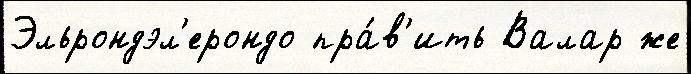
Эльрондэл'ерондо пра́в'ить Валар же